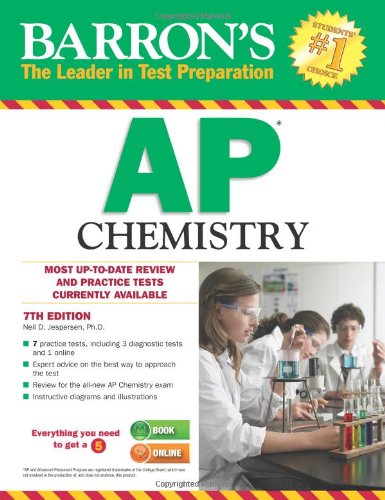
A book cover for Barron's AP Chemistry, 7th Edition; Neil D. Jespersen; Test Preparation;